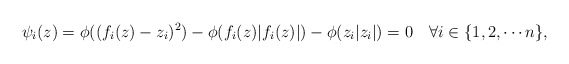
\begin{align*}{} \psi_i(z)=\phi((f_i(z)-z_i)^2) - \phi(f_i(z) |f_i(z)|) - \phi(z_i|z_i|)=0 \ \ \ \forall i \in \{1,2,\cdots n\}, \end{align*}